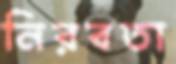
নিরবতা